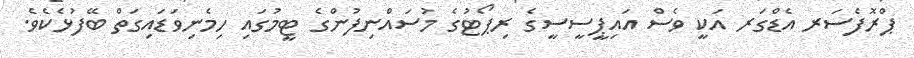
ޕްރޮފެސަރ އެޑްގަރ އަކީ ވެސް އައިޕީސީސީގެ ރިޕޯޓުގެ މުސައްނިފުންގެ ޓީމުގައި ހިމެނިވަޑައިގަތް ބޭފުޅެކެވެ.